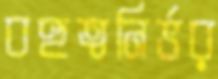
বহুত্বনির্ভর